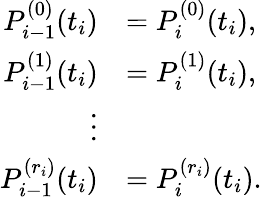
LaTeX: {\begin{array}{rl}{P_{i-1}^{(0)}(t_{i})}&{=P_{i}^{(0)}(t_{i}),}\\ {P_{i-1}^{(1)}(t_{i})}&{=P_{i}^{(1)}(t_{i}),}\\ {\vdots}&{}\\ {P_{i-1}^{(r_{i})}(t_{i})}&{=P_{i}^{(r_{i})}(t_{i}).}\end{array}}